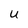
Character: U